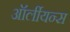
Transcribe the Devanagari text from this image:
ऑर्लीयन्स